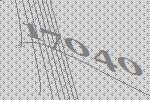
17040